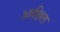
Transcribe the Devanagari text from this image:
आक्षित